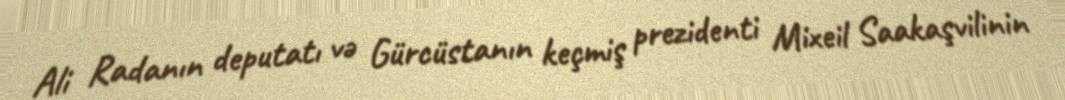
Ali Radanın deputatı və Gürcüstanın keçmiş prezidenti Mixeil Saakaşvilinin